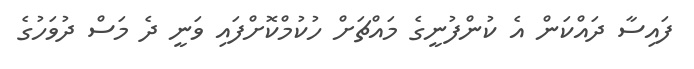
ފައިސާ ދައްކަން އެ ކުންފުނީގެ މައްޗަށް ހުކުމްކޮށްފައި ވަނީ ދެ މަސް ދުވަހުގެ